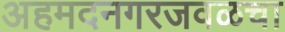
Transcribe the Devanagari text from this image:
अहमदनगरजवळचा